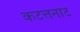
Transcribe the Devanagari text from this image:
कटत्तनाट